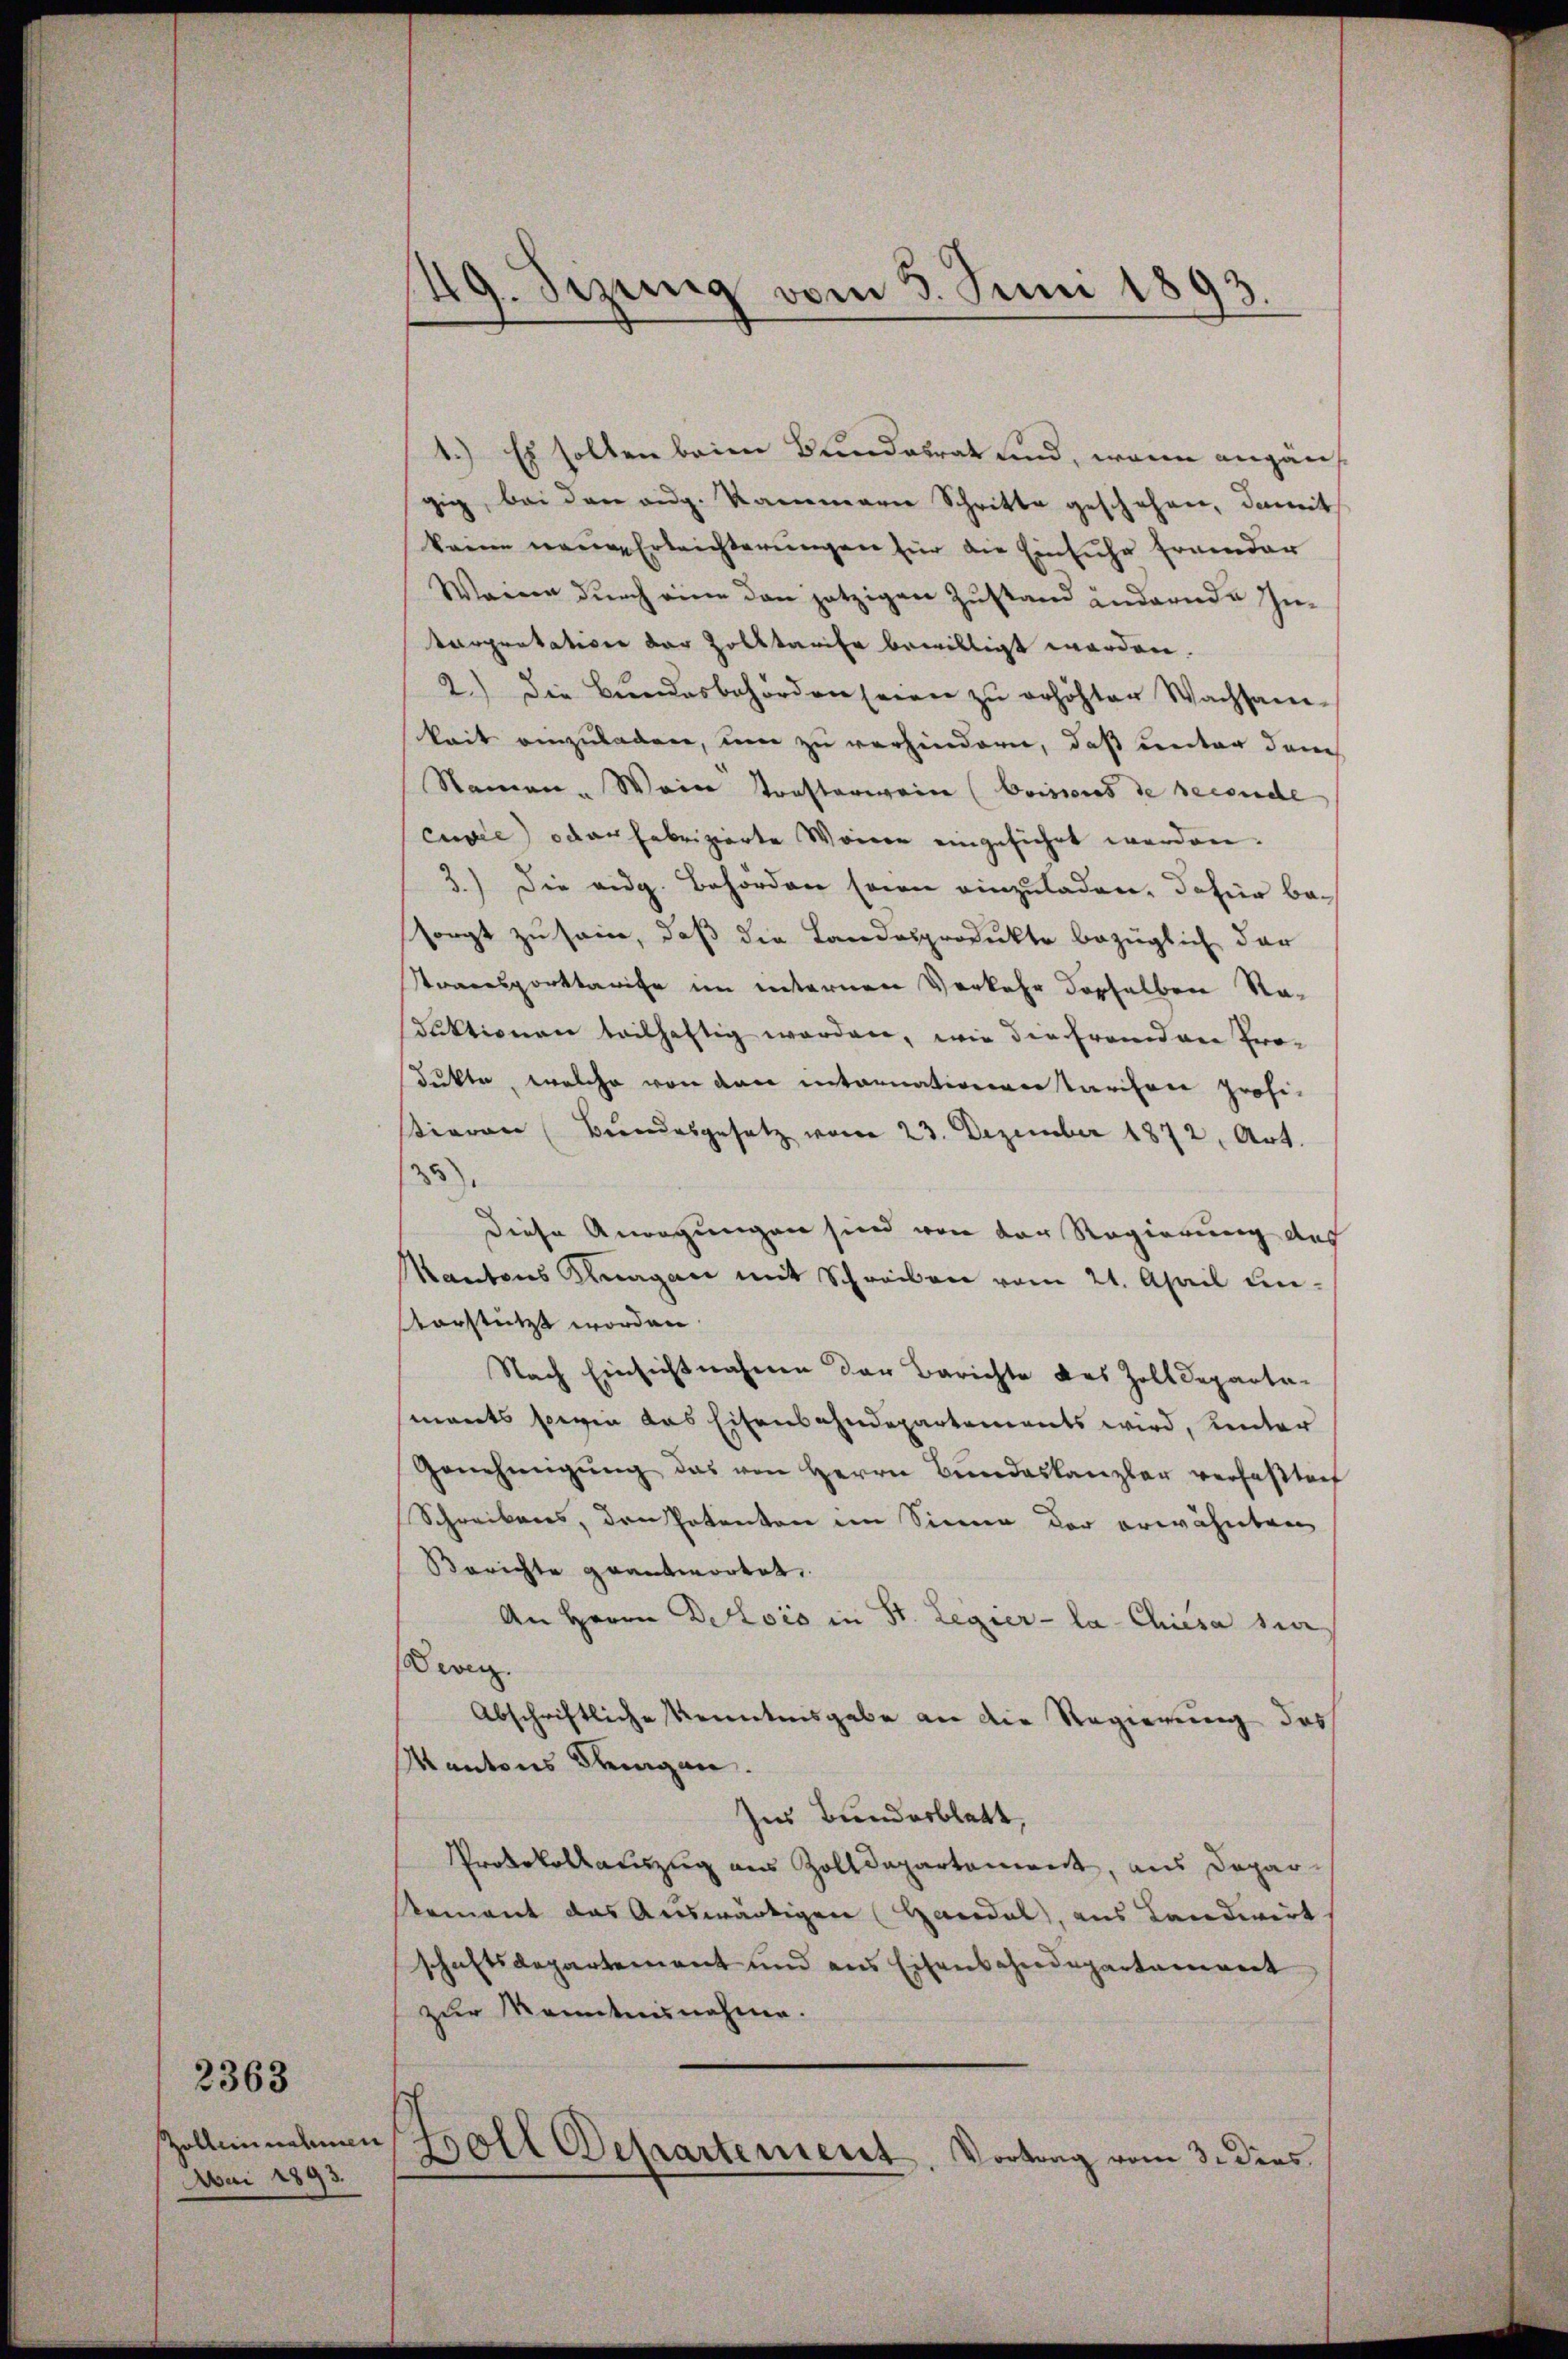
Zollein nahmen
Mai 1893.

2363

49. Sizung vom 3. Juni 1893.

1.) Es sollen beim Bundesrat sind, wenn angäuf
gig, bei den aug. Rammann Schritte geschehen, damit
keine neuen Erleichterungen für die Einsiche Ernender
Weine dŭrch eine den jetzigen Zustand indernde In-
karpretation der Zolktarife bewilligt worden.
2.) Die Beendesbehörden seien zŭ erhöhter Wachsam-
keit einzuladen, um zu verhindern, daß unter dem
Namen. Wein Konsterweise (Coissores de seconde
cuvie) oder Fabrizierte Weiner eingeführt werden.
3.) Die aug. Behörden seien einzuladen, dafür besorgt zu sei, daß die Landesprodukte bezüglich dar
Stransporttarife im internen Verkehr derselben Raduktionen teilhaftig werden, wie die Frandner Produkte, welche von den intannationen starchen profi-
tieren (Bundesgesetz vom 23. Dezember 1872, Art.
35).
diese Anregungen sind von der Regierung des
Mantons Knagan mit Schreiben vom 21. April unvorstützt worden
Nach Einsichtnahmen der Berichte des Zolldeparta-
mants sowie das Eisenbahndepartements wird, hinter
Genehmigŭng das von Herrn Bŭndeskanzler verfaβtref
Schreibens, den Potenton im Sinne der erwähnten
Berichte geantwortet,
An Herrn Delois in St. Legier- la-Chiesa seie
Dever
Abschriftliche Kenntesgabe an die Regierung des
Kantons Stragen.
Ins Bunderblatt.
Protokollauszug aus Zolldepartenwert, aus Depar
Rement das Auswärtigen (Handel, aus Landwirt
schaftsdepartement und aus Eisenbahndepartament
zur Kenntnisnahme.
Foll Departement. Vortrag vom 3. dies